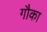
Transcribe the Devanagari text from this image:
गौका